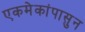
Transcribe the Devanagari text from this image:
एकमेकांपासुन